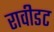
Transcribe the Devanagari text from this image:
रावीडट